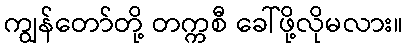
ကျွန်တော်တို့ တက္ကစီ ခေါ်ဖို့လိုမလား။